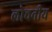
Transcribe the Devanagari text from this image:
लोचनीय